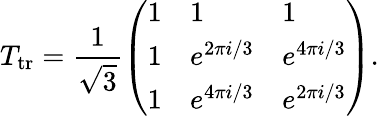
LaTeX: T_{\mathrm{tr}}=\frac{1}{\sqrt{3}}\left(\begin{array}{lll}{1}&{1}&{1}\\ {1}&{e^{2\pi i/3}}&{e^{4\pi i/3}}\\ {1}&{e^{4\pi i/3}}&{e^{2\pi i/3}}\end{array}\right).